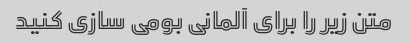
متن زیر را برای آلمانی بومی سازی کنید